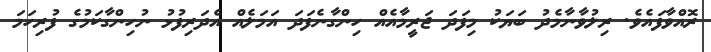
ރޮއްވާފައެވެ. ރިލުވާނާމެދު ބަޔަކު މިފަދަ ޖަރީމާއެއް ހިންގާނެފަދަ އަމަލެއް އެދަރިފުޅު ނުހިންގާކަމުގެ ފުރިހަމަ